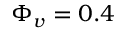
\Phi _ { v } = 0 . 4